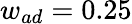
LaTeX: w_{ad}=0.25